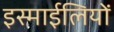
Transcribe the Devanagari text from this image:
इस्माईलियों